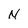
Character: N